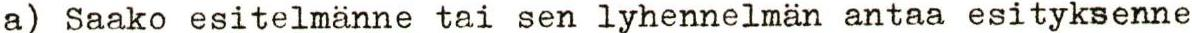
a) Saako esitelmänne tai sen lyhennelmän antaa esityksenne